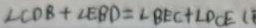
\angle C D B + \angle E B D = \angle B E C + \angle D C E (